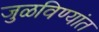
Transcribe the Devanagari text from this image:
जुळविण्यांत